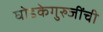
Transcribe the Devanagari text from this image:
घोडकेगुरुजींची